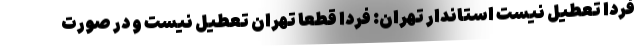
فردا تعطیل نیست استاندار تهران: فردا قطعا تهران تعطیل نیست و در صورت